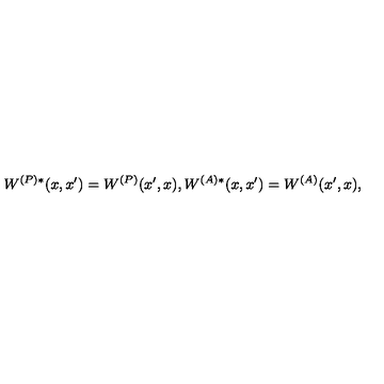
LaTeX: W ^ { ( P ) * } ( x , x ^ { \prime } ) = W ^ { ( P ) } ( x ^ { \prime } , x ) , W ^ { ( A ) * } ( x , x ^ { \prime } ) = W ^ { ( A ) } ( x ^ { \prime } , x ) ,